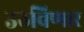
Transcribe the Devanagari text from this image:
उठविणार